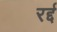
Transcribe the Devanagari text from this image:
रर्द्द